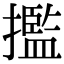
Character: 㩜